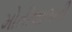
મોતીલાલની